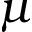
\mu